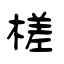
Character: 槎